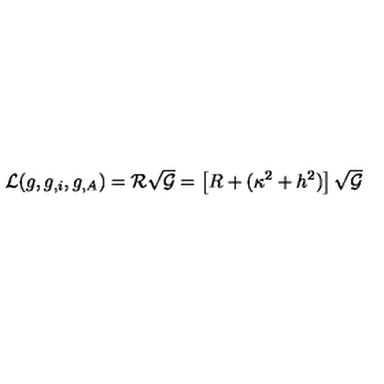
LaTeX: { \cal L } ( g , g _ { , i } , g _ { , A } ) = { \cal R } \sqrt { { \cal G } } = \left[ R + ( \kappa ^ { 2 } + h ^ { 2 } ) \right] \sqrt { { \cal G } }